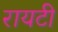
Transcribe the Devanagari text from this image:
रायटी